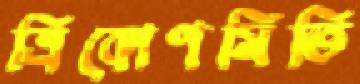
ত্রিকোণমিতি